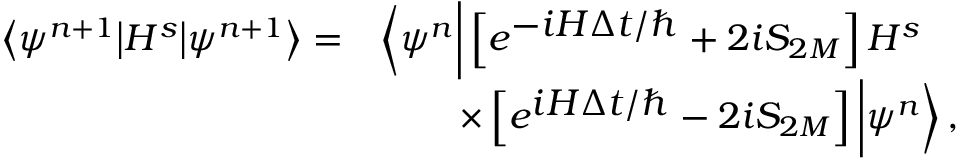
\begin{array} { l l } { \left\langle \psi ^ { n + 1 } \big | H ^ { s } \big | \psi ^ { n + 1 } \right\rangle = } & { \left\langle \psi ^ { n } \bigg | \left[ e ^ { \textstyle - i H \Delta t / \hbar } + 2 i S _ { 2 M } \right] H ^ { s } \right. } \\ & { ~ ~ ~ ~ ~ ~ \left. \times \left[ e ^ { \textstyle i H \Delta t / \hbar } - 2 i S _ { 2 M } \right] \bigg | \psi ^ { n } \right\rangle , } \end{array}